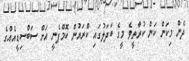
ދެން މިކަން ކަން ކުރާތީވެ މީގެ ބަދަލުގައި ކްރައުން ކޮމްޕެނީ އަށް ސަބްސިޑީއެއްގެ